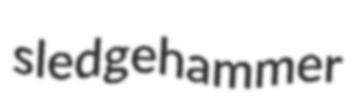
sledgehammer